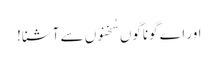
اور اے گوناگوں سُخنوں سے آشنا!